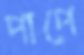
পাপে